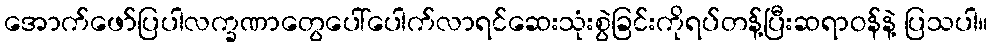
အောက်ဖော်ပြပါလက္ခဏာတွေပေါ်ပေါက်လာရင်ဆေးသုံးစွဲခြင်းကိုရပ်တန့်ပြီးဆရာဝန်နဲ့ ပြသပါ။